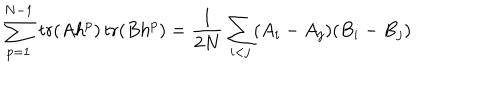
\sum _ { p = 1 } ^ { N - 1 } \mathrm { \, t r } ( A h ^ { p } ) \mathrm { \, t r } ( B h ^ { p } ) = \frac { 1 } { 2 N } \sum _ { i < j } ( A _ { i } - A _ { j } ) ( B _ { i } - B _ { j } )